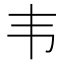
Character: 韦